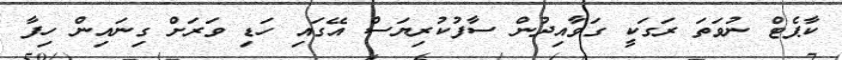
ކާޕެޓް ނުވަތަ ރަގަކީ ގަވާއިދުން ސާފުކުރިޔަސް އޭގައި ހަޑި ވަރަށް ގިނައިން ހިފާ